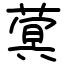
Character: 蓂